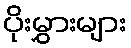
ပိုးမွှားများ